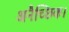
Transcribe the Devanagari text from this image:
अनैच्छिक।